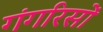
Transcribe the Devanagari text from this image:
गंगरिसों